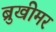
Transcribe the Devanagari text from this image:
ब्रुखीमर